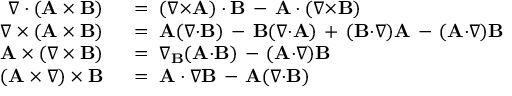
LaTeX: \begin{array} { r l } { \nabla \cdot ( \mathbf { A } \times \mathbf { B } ) } & { { } \ = \ ( \nabla { \times } \mathbf { A } ) \cdot \mathbf { B } \, - \, \mathbf { A } \cdot ( \nabla { \times } \mathbf { B } ) } \\ { \nabla \times ( \mathbf { A } \times \mathbf { B } ) } & { { } \ = \ \mathbf { A } ( \nabla { \cdot } \mathbf { B } ) \, - \, \mathbf { B } ( \nabla { \cdot } \mathbf { A } ) \, + \, ( \mathbf { B } { \cdot } \nabla ) \mathbf { A } \, - \, ( \mathbf { A } { \cdot } \nabla ) \mathbf { B } } \\ { \mathbf { A } \times ( \nabla \times \mathbf { B } ) } & { { } \ = \ \nabla _ { \mathbf { B } } ( \mathbf { A } { \cdot } \mathbf { B } ) \, - \, ( \mathbf { A } { \cdot } \nabla ) \mathbf { B } } \\ { ( \mathbf { A } \times \nabla ) \times \mathbf { B } } & { { } \ = \ \mathbf { A } \cdot \nabla \mathbf { B } \, - \, \mathbf { A } ( \nabla { \cdot } \mathbf { B } ) } \end{array}